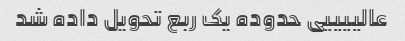
عالییییی حدوده یک ربع تحویل داده شد